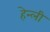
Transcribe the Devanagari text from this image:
हेन्ली